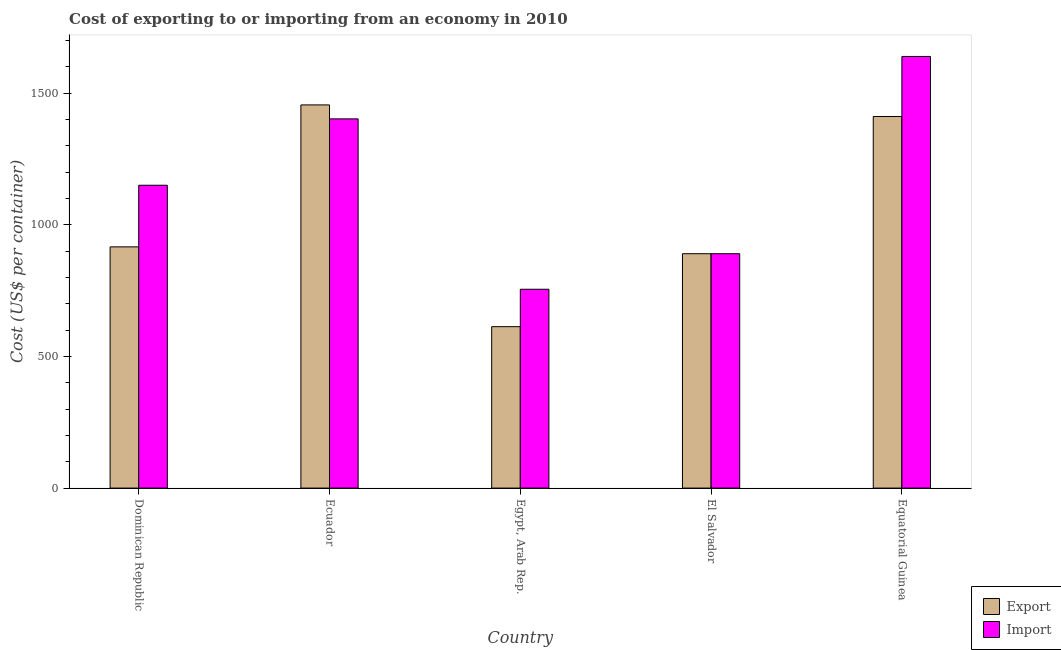
| Country | Export | Import |
 | --- | --- | --- |
 | Dominican Republic | 916 | 1.15e+03 |
 | Ecuador | 1.46e+03 | 1.4e+03 |
 | Egypt, Arab Rep. | 613 | 755 |
 | El Salvador | 890 | 890 |
 | Equatorial Guinea | 1.41e+03 | 1.64e+03 |